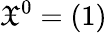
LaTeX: {\mathfrak{X}}^{0}=(1)